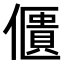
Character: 𠏺